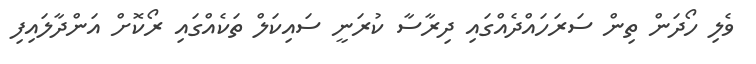
ވެލި ހޯދަން ތިން ސަރަހައްދެއްގައި ދިރާސާ ކުރަނީ ސައިކަލް ތަކެއްގައި ރޯކޮށް އަންދާލައިފި